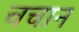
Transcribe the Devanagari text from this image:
चचान